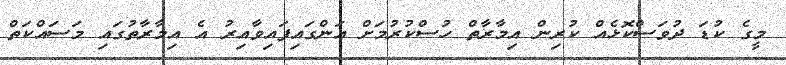
މީގެ ކުޑަ ދުވަސްކޮޅެއް ކުރިން އިމާރާތް ހުސްކުރުމަށް އަންގައިފައިވާއިރު އެ އިމާރާތުގައި މަސައްކަތް